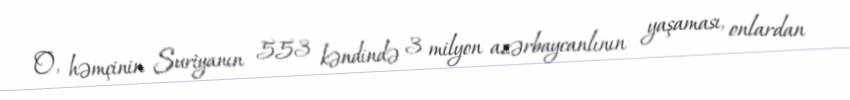
O, həmçinin Suriyanın 553 kəndində 3 milyon azərbaycanlının yaşaması, onlardan